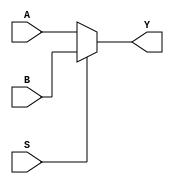
module multiplexer (
    input wire A,
    input wire B,
    input wire S,
    output reg Y
);

always @(*)
begin
    if(S == 0)
        Y = A;
    else
        Y = B;
end

endmodule